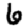
Digit: 6